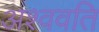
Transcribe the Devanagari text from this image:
अश्ववति